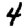
Digit: 4